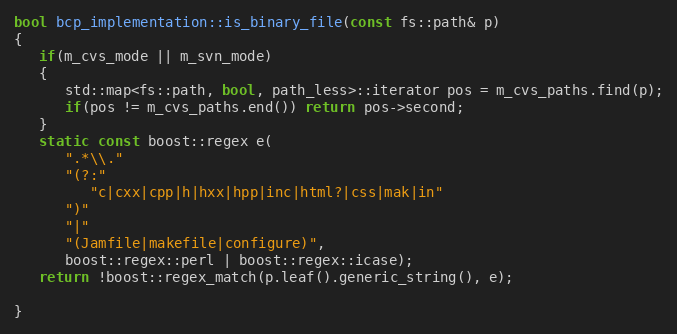
Language: C++
bool bcp_implementation::is_binary_file(const fs::path& p)
{
   if(m_cvs_mode || m_svn_mode)
   {
      std::map<fs::path, bool, path_less>::iterator pos = m_cvs_paths.find(p);
      if(pos != m_cvs_paths.end()) return pos->second;
   }
   static const boost::regex e(
      ".*\\."
      "(?:"
         "c|cxx|cpp|h|hxx|hpp|inc|html?|css|mak|in"
      ")"
      "|"
      "(Jamfile|makefile|configure)",
      boost::regex::perl | boost::regex::icase);
   return !boost::regex_match(p.leaf().generic_string(), e);

}